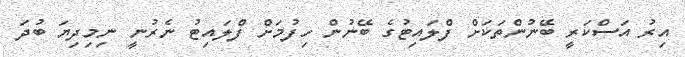
އިރު އަސްކަރީ ބޭނުންތަކަށް ފްލައިޓުގެ ބޭނުން ހިފުމަށް ފްލައިޓު ނެރުނީ ނިމިދިޔަ ބުދަ